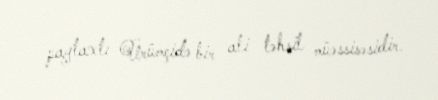
paytaxtı Ürümçidə bir ali təhsil müəssisəsidir.